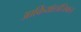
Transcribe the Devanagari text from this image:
आर्कियॉलॉजिकल